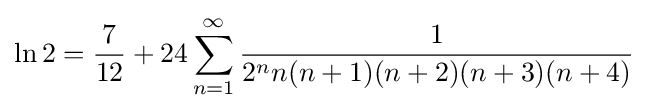
\ln 2={\frac {7}{12}}+24\sum _{n=1}^{\infty }{\frac {1}{2^{n}n(n+1)(n+2)(n+3)(n+4)}}